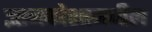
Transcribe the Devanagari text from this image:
ज्ञानकोशामधील